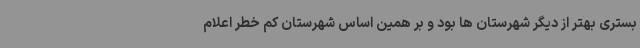
بستری بهتر از دیگر شهرستان ها بود و بر همین اساس شهرستان کم خطر اعلام